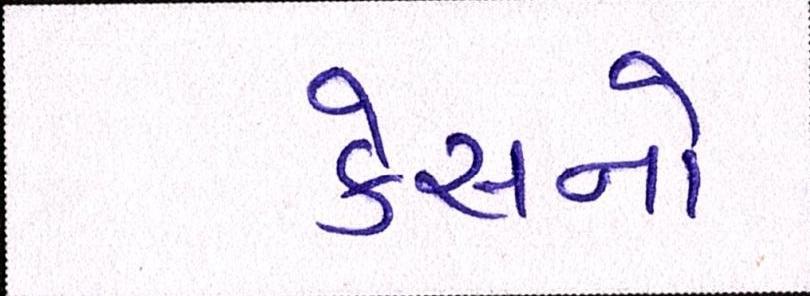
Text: કેસનો